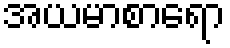
အယမာစာရော